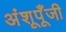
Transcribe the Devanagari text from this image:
अंशूपूँजी